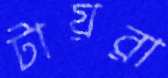
টায়রা